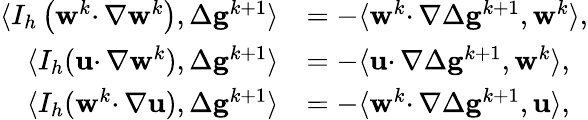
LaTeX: \begin{array}{rl}{\langle I_{h}\left(\mathbf{w}^{k}\cdotp\nabla\mathbf{w}^{k}\right),\Delta\mathbf{g}^{k+1}\rangle}&{=-\langle\mathbf{w}^{k}\cdotp\nabla\Delta\mathbf{g}^{k+1},\mathbf{w}^{k}\rangle,}\\ {\langle I_{h}(\mathbf{u}\cdotp\nabla\mathbf{w}^{k}),\Delta\mathbf{g}^{k+1}\rangle}&{=-\langle\mathbf{u}\cdotp\nabla\Delta\mathbf{g}^{k+1},\mathbf{w}^{k}\rangle,}\\ {\langle I_{h}(\mathbf{w}^{k}\cdotp\nabla\mathbf{u}),\Delta\mathbf{g}^{k+1}\rangle}&{=-\langle\mathbf{w}^{k}\cdotp\nabla\Delta\mathbf{g}^{k+1},\mathbf{u}\rangle,}\end{array}